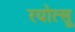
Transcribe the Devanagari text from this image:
रयोत्सू